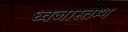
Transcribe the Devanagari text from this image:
ध्वजास्तम्भ